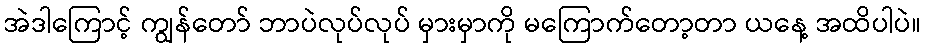
အဲဒါကြောင့် ကျွန်တော် ဘာပဲလုပ်လုပ် မှားမှာကို မကြောက်တော့တာ ယနေ့ အထိပါပဲ။